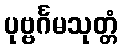
ပုဗ္ဗင်္ဂမသုတ္တံ